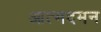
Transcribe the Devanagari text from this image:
आत्मदमन